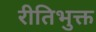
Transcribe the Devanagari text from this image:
रीतिभुक्त